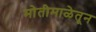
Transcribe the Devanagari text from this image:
मोतीमाळेतून